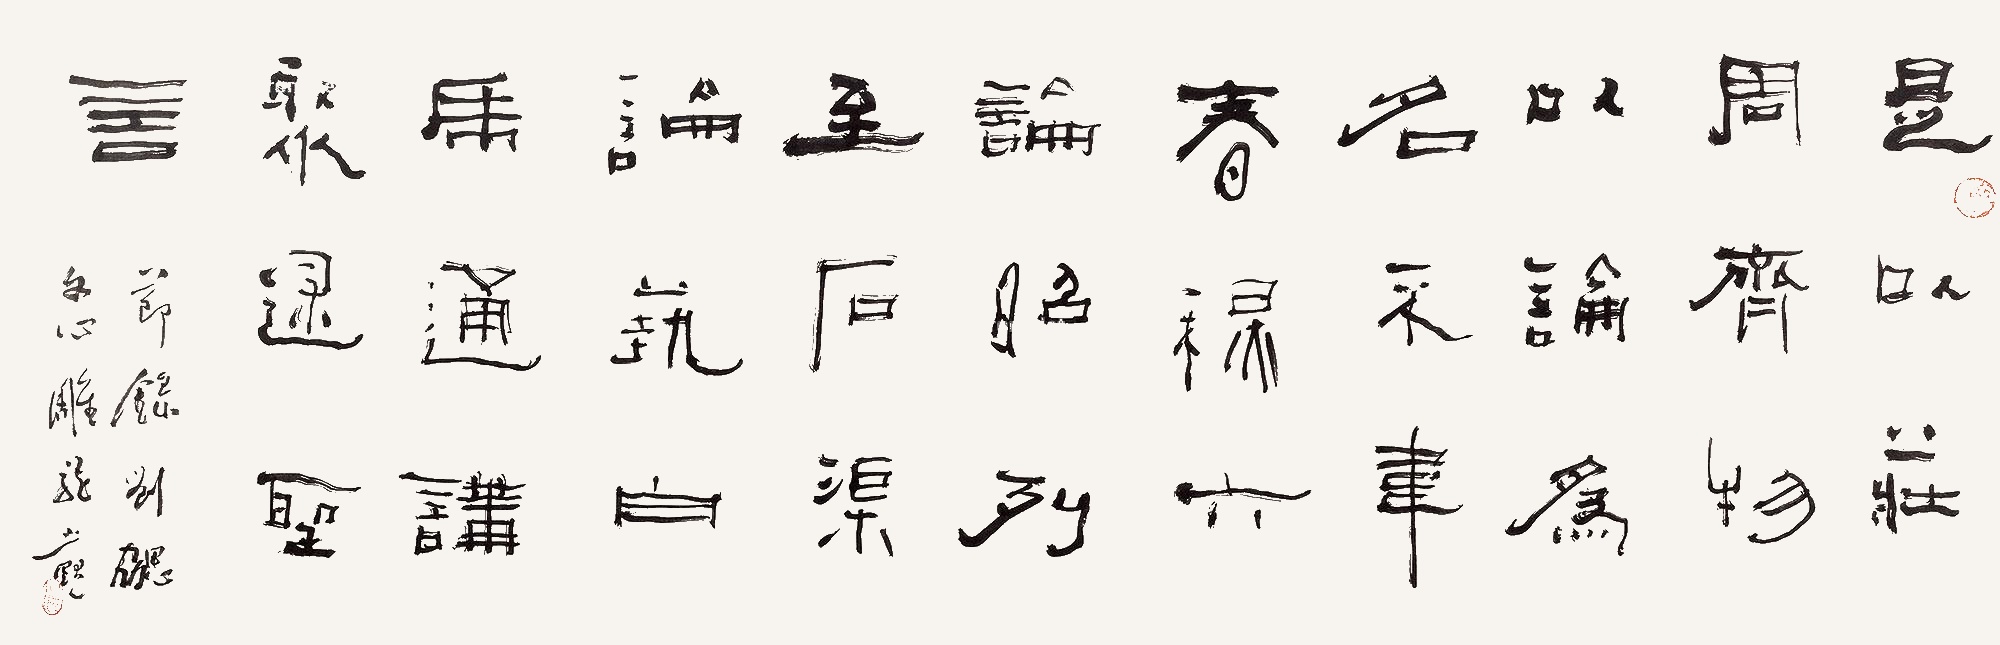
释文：是以庄周齐物，以论为名；不韦春秋，六论昭列。至石渠论艺，白虎通讲，聚述圣言。节录刘勰文心雕龙，少默。